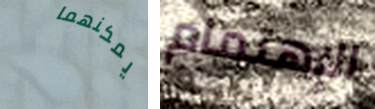
يمكنهما الإهتمام